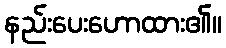
နည်းပေးဟောထား၏။